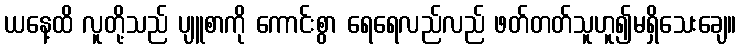
ယနေ့ထိ လူတို့သည် ပျူစာကို ကောင်းစွာ ရေရေလည်လည် ဖတ်တတ်သူဟူ၍မရှိသေးချေ။